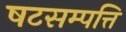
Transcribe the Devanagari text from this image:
षटसम्पत्ति